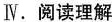
Ⅳ.阅读理解